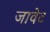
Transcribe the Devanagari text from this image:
जावेट